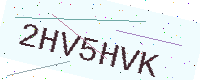
Text: 2HV5HVK